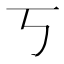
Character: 丂